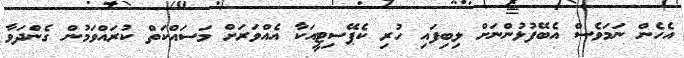
އެހެން ނަމަވެސް އެބޭފުޅުންނަށް ލިބިފައި ހުރި ކެޕޭސިޓީއަކާ އެއްވަރަށް މަސައްކަތް ކުރައްވަމުން ގެންދަވާ